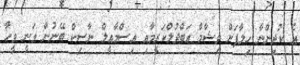
އެ ކުދިންނާ ހިލާފަށް ވިޝާމް އަބްދުލްކަރީމާއި އިސްމާއީލް ނާސިކް ބޭނުން ވަނީ ވީހާ